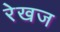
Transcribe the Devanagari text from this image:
रेखज